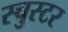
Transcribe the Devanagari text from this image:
स्चुस्टर